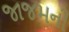
જાજમની